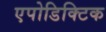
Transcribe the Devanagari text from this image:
एपोडिक्टिक